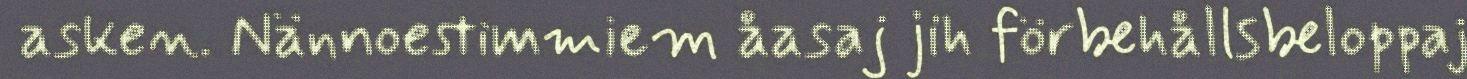
asken. Nännoestimmiem åasaj jih förbehållsbeloppaj